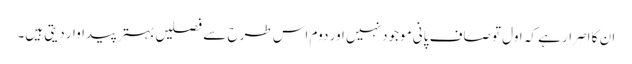
ان کا اصرار ہے کہ اول تو صاف پانی موجود نہیں اور دوم اس طرح سے فصلیں بہتر پیداوار دیتی ہیں۔